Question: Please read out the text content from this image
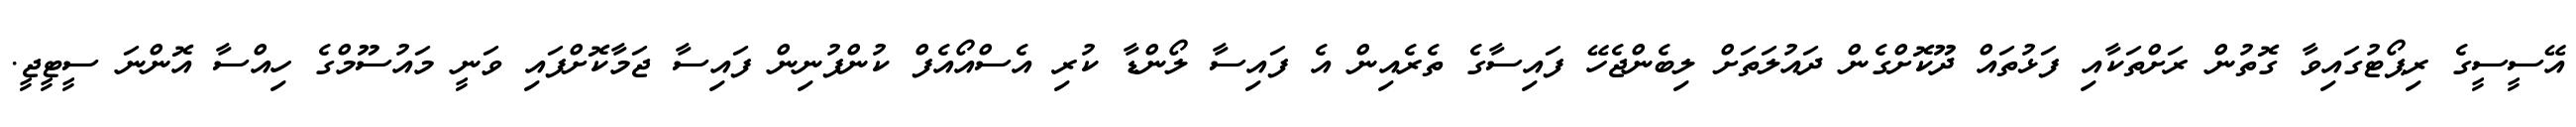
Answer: އޭސީސީގެ ރިޕޯޓުގައިވާ ގޮތުން ރަށްތަކާއި ފަޅުތައް ދޫކޮށްގެން ދައުލަތަށް ލިބެންޖެހޭ ފައިސާގެ ތެރެއިން އެ ފައިސާ ލޯންޑާ ކުރި އެސްއޯއެފް ކުންފުނިން ފައިސާ ޖަމާކޮށްފައި ވަނީ މައުސޫމްގެ ހިއްސާ އޮންނަ ސީޓީޖީ.